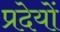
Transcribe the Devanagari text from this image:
प्रदेयों